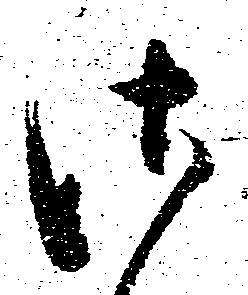
御